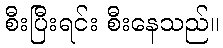
စီးပြီးရင်း စီးနေသည်။